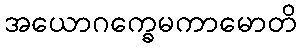
အယောဂက္ခေမကာမောတိ